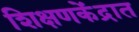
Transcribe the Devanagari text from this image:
शिक्षणकेंद्रात